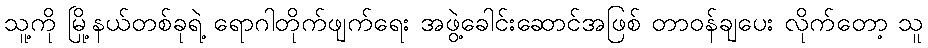
သူ့ကို မြို့နယ်တစ်ခုရဲ့ ရောဂါတိုက်ဖျက်ရေး အဖွဲ့ခေါင်းဆောင်အဖြစ် တာဝန်ချပေး လိုက်တော့ သူ